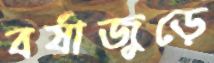
বর্ষাজুড়ে